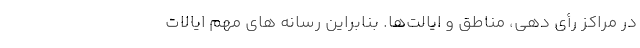
در مراکز رأی دهی، مناطق و ایالت‌ها. بنابراین رسانه های مهم ایالات